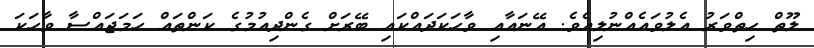
ލޫތް ހިތްވަރު އެލުވައެއްނުލިއެވެ. އޭނައާއި ވާހަކަދައްކައި ބޭރަށް ގެންދިއުމުގެ ކަންތައް ހަމަޖައްސާ ވާހަކަ